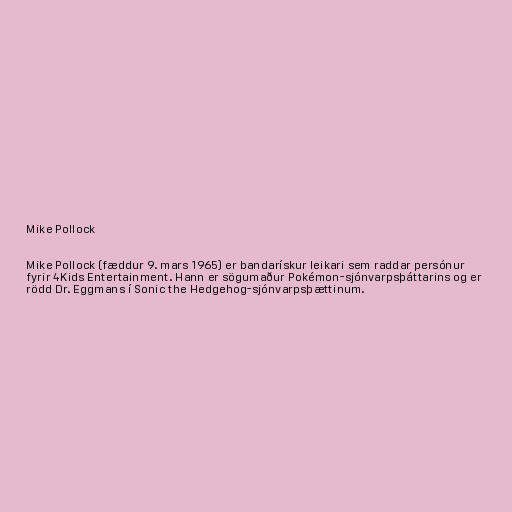
Mike Pollock

Mike Pollock (fæddur 9. mars 1965) er bandarískur leikari sem raddar persónur
fyrir 4Kids Entertainment. Hann er sögumaður Pokémon-sjónvarpsþáttarins og er
rödd Dr. Eggmans í Sonic the Hedgehog-sjónvarpsþættinum.